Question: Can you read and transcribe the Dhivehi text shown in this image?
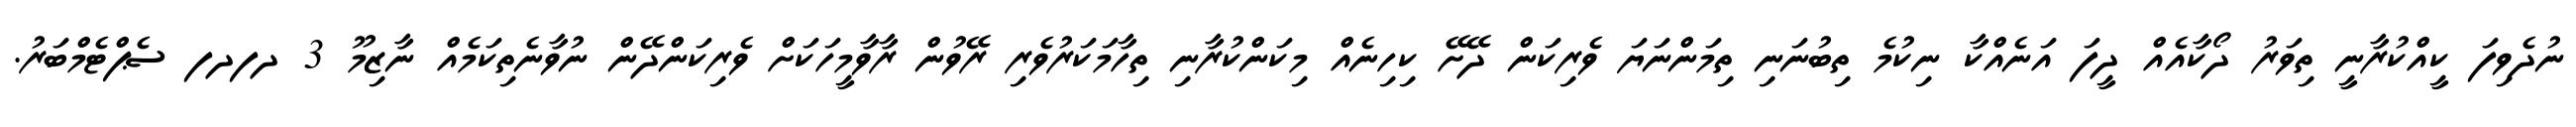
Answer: ނުދެވިފަ ކީއްކުރާނީ ތިވަރު ދޯކާއެއް ދީފަ އަނެއްކާ ނިކުމެ ތިބުނަނި ތިމަންނަޔަ ވެރިކަން ދޭށޭ ކިހިނެއް މިކަންކުރާނި ތިހާމަކަރުވެރި ރޭވުން ރާވާމީހަކަށް ވެރިކަންދޭން ނުވާނެތިކަމެއް ނާޒިމޫ 3 ދފދފ ސެޕްޓެމްބަރު.